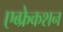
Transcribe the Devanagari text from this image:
एब्फ्रेकशन